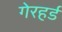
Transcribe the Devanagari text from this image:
गेरहर्ड